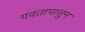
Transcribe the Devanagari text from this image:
गवतापासुन